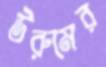
উরুমের